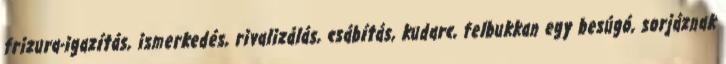
frizura-igazítás, ismerkedés, rivalizálás, csábítás, kudarc, felbukkan egy besúgó, sorjáznak